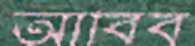
আবিব